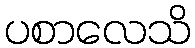
ပစာလေသိ